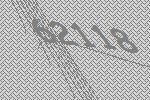
62118